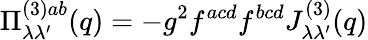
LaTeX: \Pi_{\lambda\lambda^{\prime}}^{(3)ab}(q)=-g^{2}f^{acd}f^{bcd}J_{\lambda\lambda^{\prime}}^{(3)}(q)